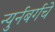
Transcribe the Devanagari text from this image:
न्युर्नबर्गचे